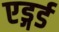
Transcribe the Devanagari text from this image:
एड्गर्ड